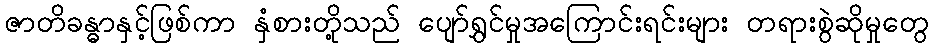
ဇာတိခန္ဓာနှင့်ဖြစ်ကာ နှံစားတို့သည် ပျော်ရွှင်မှုအကြောင်းရင်းများ တရားစွဲဆိုမှုတွေ